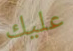
عليك